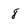
Character: 8